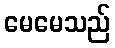
မေမေသည်